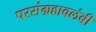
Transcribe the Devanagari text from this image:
परसंग्रहावलंबी